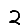
Digit: 2